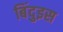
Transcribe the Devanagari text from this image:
बिंदुइस